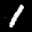
Label: 1